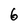
Character: 6